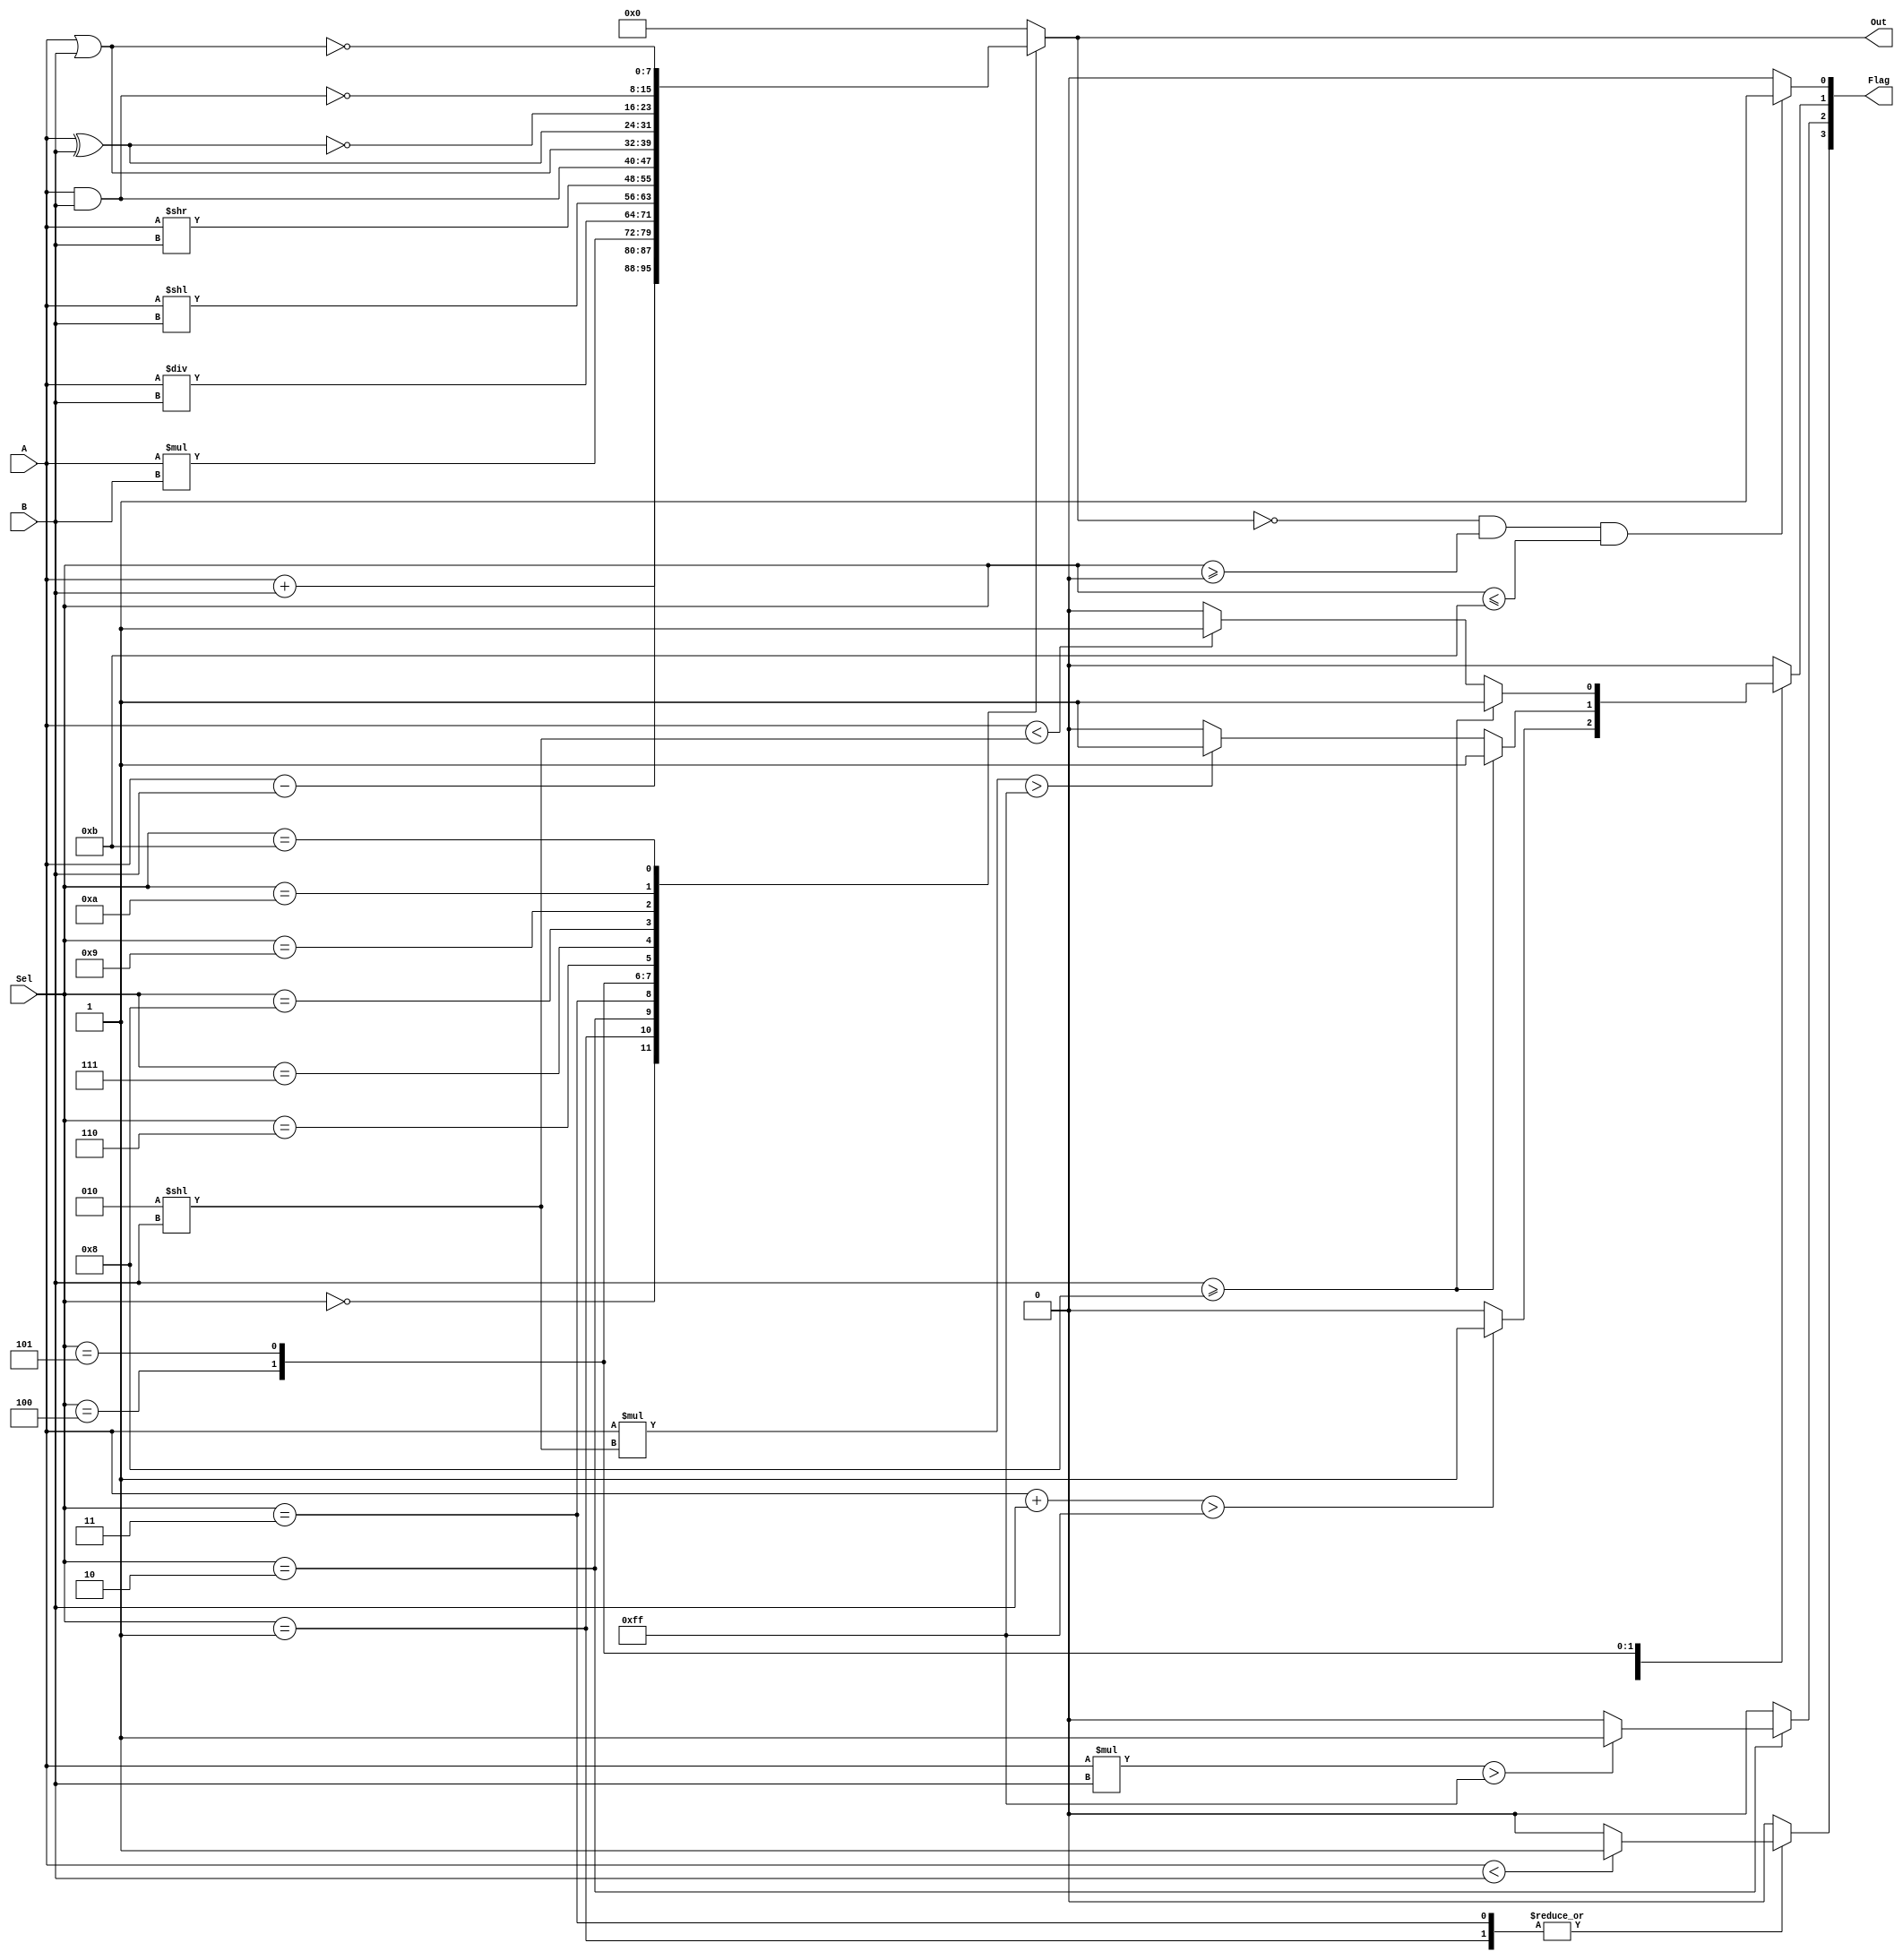
module ALU(A, B, Sel, Out, Flag);
  input [7:0] A, B;
  input [3:0] Sel;
  output reg [7:0] Out;
  output reg[3:0] Flag;
  
  reg [7:0] shift2;
  always @(*) begin
    Flag = 4'h0;
    case(Sel)
        4'h0: begin
          Flag[1] = (A + B > 255) ? 1 : 0; 
          Out = A + B;
        end
        4'h1: begin
          Flag[3] = (A < B) ? 1 : 0;
          Out = A - B;
        end
        4'h2: begin
          Flag[2] = (A * B > 255) ? 1 : 0;
          Out = A * B;
        end
        4'h3: begin
          	Flag[3] = (A < B) ? 1 : 0; 
            Out = A / B;
        end
        4'h4:begin
          if(B >= 8) Flag[1] = 1;
          else begin
            shift2 = (2 << B);
            if(A * shift2 > 255) Flag[1] = 1;
          end
          Out =  A << B;
        end
        4'h5: begin
          if(B >= 8) Flag[1] = 1;
          else begin
            shift2 = (2 << B);
            if(A < shift2) Flag[1] = 1;
          end
          Out = A >> B;
        end
        4'h6: Out =  A & B;
        4'h7: Out =  A | B;
        4'h8: Out = A ^ B;
        4'h9: Out =  ~(A ^ B);
        4'hA: Out =  ~(A & B);
        4'hB: Out = ~(A | B);
        default: begin
            Out = 8'h00;
            Flag = 4'h0;
        end
    endcase
    Flag[0] = (Out == 0 && Sel >= 4'h0 && Sel <= 4'hB) ? 1 : 0;
  end
endmodule